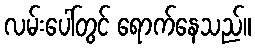
လမ်းပေါ်တွင် ရောက်နေသည်။